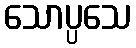
သောပ္ပသေ